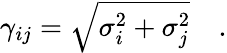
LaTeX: \gamma_{ij}=\sqrt{\sigma_{i}^{2}+\sigma_{j}^{2}}\quad.